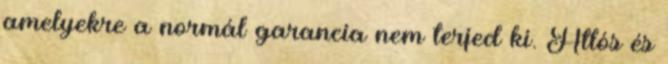
amelyekre a normál garancia nem terjed ki. Átlós és